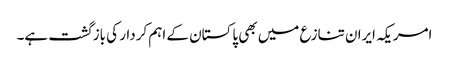
امریکہ ایران تنازع میں بھی پاکستان کے اہم کردار کی بازگشت ہے۔